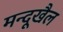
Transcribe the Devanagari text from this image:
मन्दूखैल